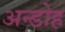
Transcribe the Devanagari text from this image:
अन्डोह